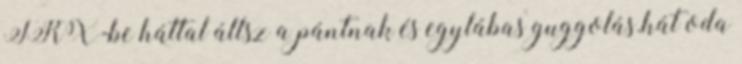
TRX-be háttal állsz a pántnak és egylábas guggolás.hát oda